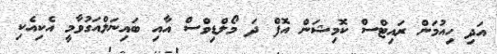
އަދި ހިއުމަން ރައިޓްސް ކޮމިޝަން އޮފް ދަ މޯލްޑިވްސް އާއި ބައިނަލްއަގުވާމީ އެކިއެކި